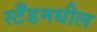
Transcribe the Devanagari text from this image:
स्टँडमधील